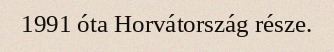
1991 óta Horvátország része.